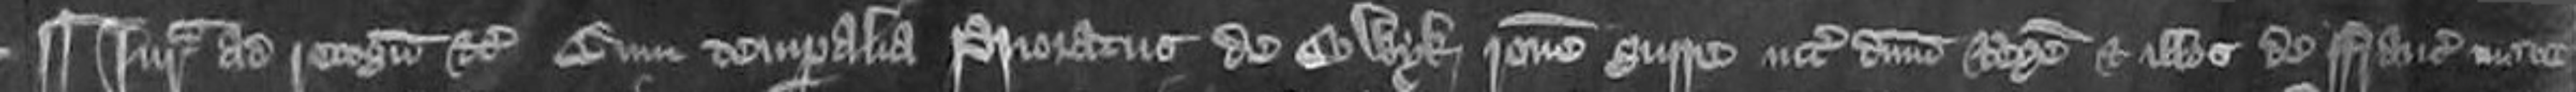
¶ Jurata ad recognoscendum etc cum temporalia Prioratus de Colwyk ratione guerre inter dominum Regem et illos de Francia mote